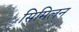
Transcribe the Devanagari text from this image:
सिमिलन